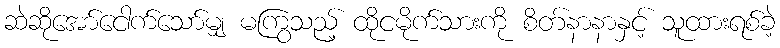
ဆဲဆိုအော်ငေါက်သော်မျှ မကြွသည့် ထိုငမိုက်သားကို စိတ်နာနာနှင့် သူထားရစ်ခဲ့